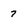
Character: 7